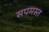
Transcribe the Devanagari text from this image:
सपमस्त